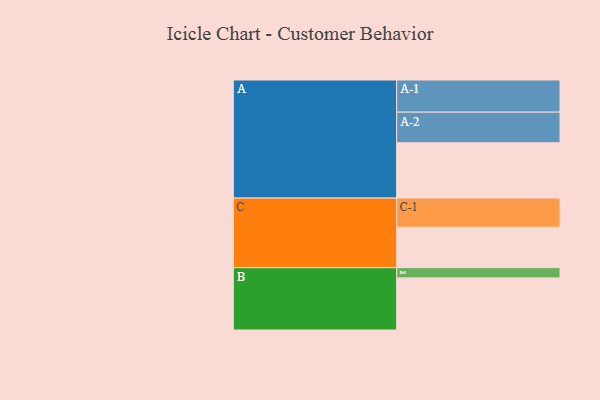
{"axis": {"x": "Segment", "y": "Value"}, "legend": ["", "A", "B", "C"], "data": [{"x": "A", "y": 427, "type": ""}, {"x": "B", "y": 402, "type": ""}, {"x": "C", "y": 312, "type": ""}, {"x": "A-1", "y": 248, "type": "A"}, {"x": "A-2", "y": 236, "type": "A"}, {"x": "B-1", "y": 79, "type": "B"}, {"x": "C-1", "y": 225, "type": "C"}]}